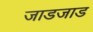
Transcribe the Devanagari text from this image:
जाडजाड